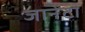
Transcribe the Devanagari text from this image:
जानेटा